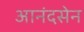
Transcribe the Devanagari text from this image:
आनंदसेन